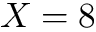
X = 8